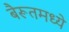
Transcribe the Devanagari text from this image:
बैरूतमध्ये